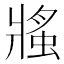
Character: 𧌜